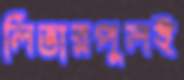
লিভারপুলই